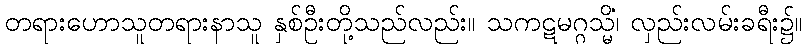
တရားဟောသူတရားနာသူ နှစ်ဦးတို့သည်လည်း။ သကဋမဂ္ဂသ္မိံ၊ လှည်းလမ်းခရီး၌။